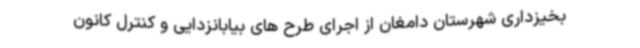
بخیزداری شهرستان دامغان از اجرای طرح های بیابانزدایی و کنترل کانون